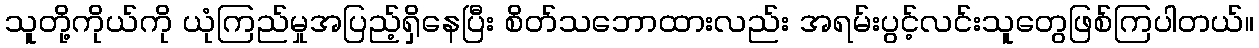
သူတို့ကိုယ်ကို ယုံကြည်မှုအပြည့်ရှိနေပြီး စိတ်သဘောထားလည်း အရမ်းပွင့်လင်းသူတွေဖြစ်ကြပါတယ်။